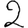
Digit: 2